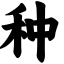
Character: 种